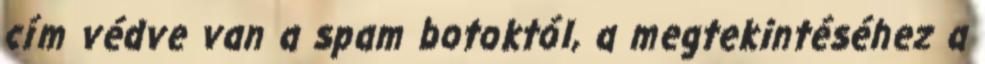
cím védve van a spam botoktól, a megtekintéséhez a